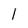
Character: l